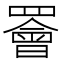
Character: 𫅋